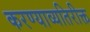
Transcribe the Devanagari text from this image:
करण्याव्यतिरीक्त